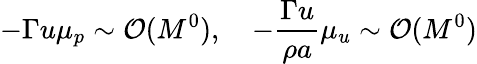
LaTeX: -\Gamma u\mu_{p}\sim\mathcal{O}(M^{0}),\quad-\frac{\Gamma u}{\rho a}\mu_{u}\sim\mathcal{O}(M^{0})